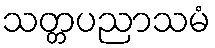
သတ္တပညာသမံ